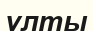
ұлты